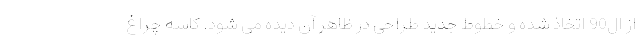
از ال90 اتخاذ شده و خطوط جدید طراحی در ظاهر آن دیده می شود. کاسه چراغ